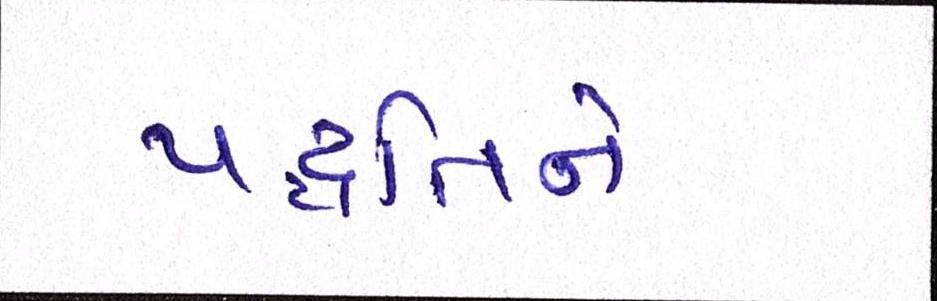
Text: પદ્ધતિને